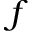
f